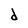
Character: d